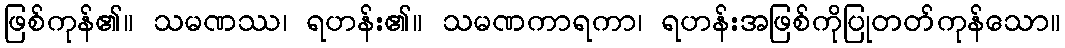
ဖြစ်ကုန်၏။ သမဏဿ၊ ရဟန်း၏။ သမဏကာရကာ၊ ရဟန်းအဖြစ်ကိုပြုတတ်ကုန်သော။